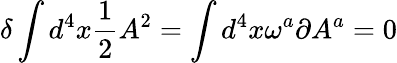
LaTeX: \delta\int d^{4}x\frac{1}{2}A^{2}=\int d^{4}x\omega^{a}\partial A^{a}=0